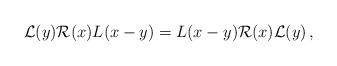
LaTeX: \begin{align*} \mathcal{L}(y)\mathcal{R}(x)L(x-y)=L(x-y)\mathcal{R}(x)\mathcal{L}(y)\,,\end{align*}